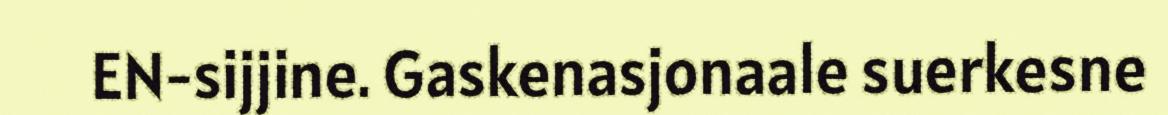
EN-sijjine. Gaskenasjonaale suerkesne